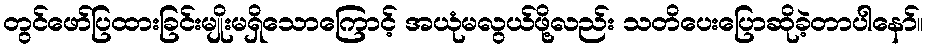
တွင်ဖော်ပြထားခြင်းမျိုးမရှိသောကြောင့် အယုံမလွယ်ဖို့လည်း သတိပေးပြောဆိုခဲ့တာပါနော်။